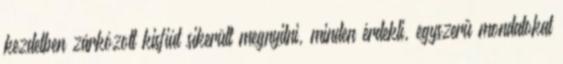
kezdetben zárkózott kisfiút sikerült megnyitni, minden érdekli, egyszerű mondatokat